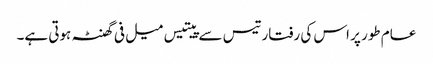
عام طور پر اس کی رفتار تیس سے پیتیس میل فی گھنٹہ ہوتی ہے۔